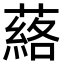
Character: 𮑗